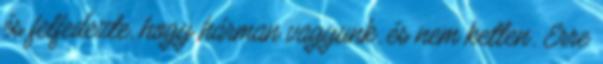
és felfedezte, hogy hárman vagyunk, és nem ketten. Erre